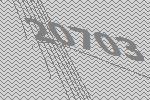
20703